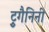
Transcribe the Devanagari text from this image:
ट्रुगैनिनी